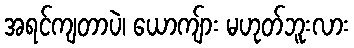
အရင်ကျတာပဲ၊ ယောကျ်ား မဟုတ်ဘူးလား